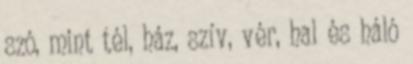
szó, mint tél, ház, szív, vér, hal és háló